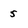
Character: 5